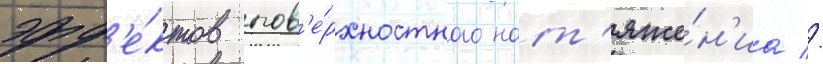
эфф'е́ктов пов'е́рхностного нат'яже́н'иа //